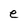
Character: e